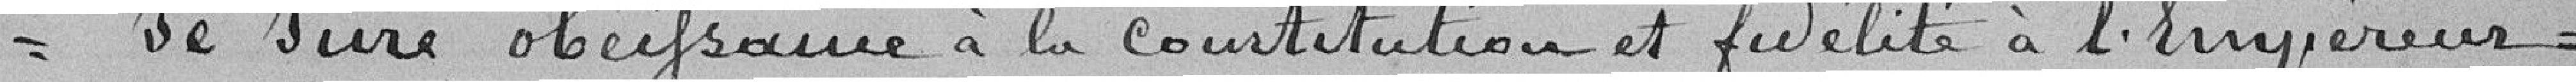
= Je Jure obéissance à la Constitution et fidélité à l'Empereur =